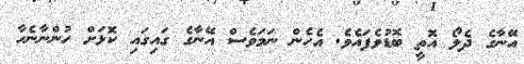
އޭނާގެ ދެލޯ އޮތީ ބޮޑުވެފައެވެ. އެހެން ނަމަވެސް އޭނާގެ ގައިގައި ކޮޅަށް ހުންނާނެހާ